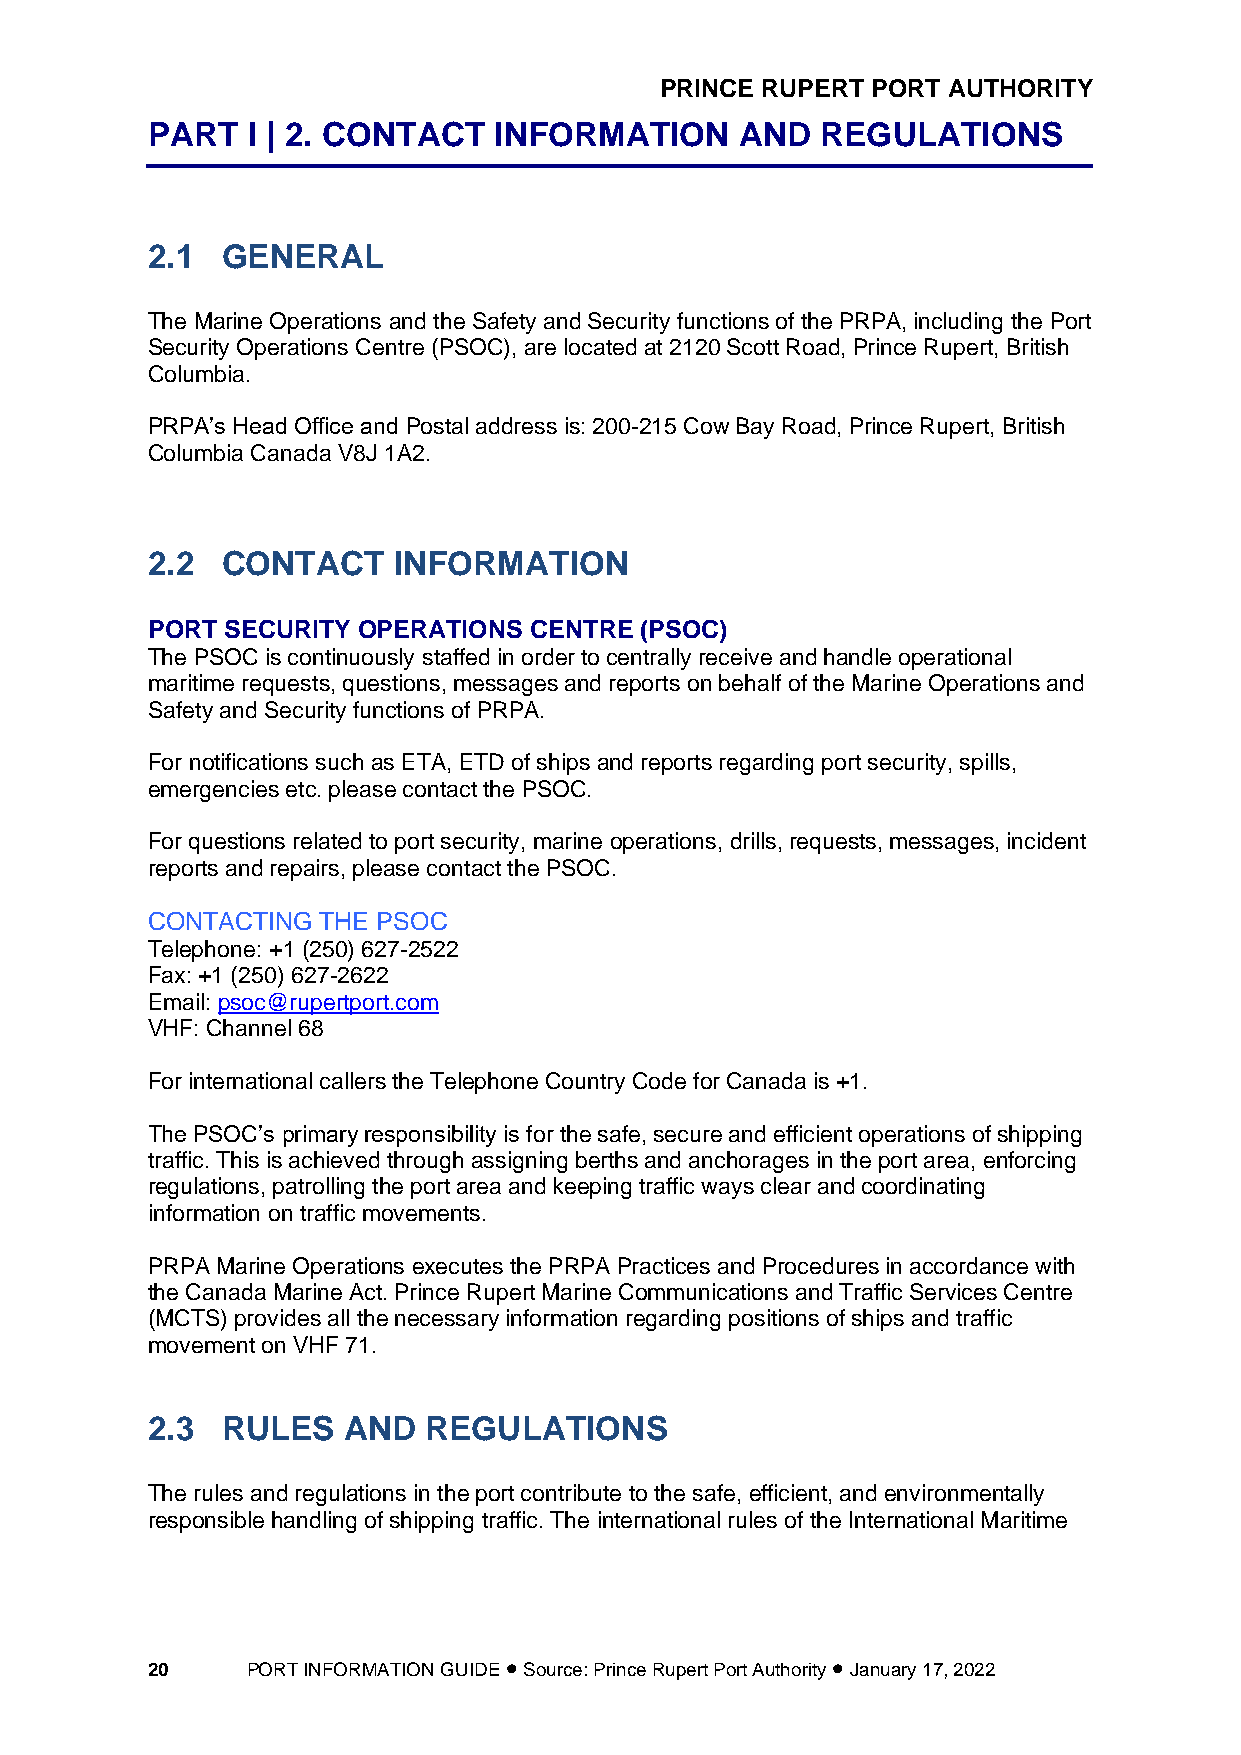
PRINCE RUPERT PORT AUTHORITY
 PART  I | 2. CONTACT   INFORMATION     AND  REGULATIONS
 2.1  GENERAL
 The Marine Operations and the Safety and Security functions of the PRPA, including the Port
 Security Operations Centre (PSOC), are located at 2120 Scott Road, Prince Rupert, British
 Columbia.
 PRPA’s Head Office and Postal address is: 200-215 Cow Bay Road, Prince Rupert, British
 Columbia Canada V8J 1A2.
 2.2  CONTACT    INFORMATION
 PORT SECURITY OPERATIONS CENTRE (PSOC)
 The PSOC is continuously staffed in order to centrally receive and handle operational
 maritime requests, questions, messages and reports on behalf of the Marine Operations and
 Safety and Security functions of PRPA.
 For notifications such as ETA, ETD of ships and reports regarding port security, spills,
 emergencies etc. please contact the PSOC.
 For questions related to port security, marine operations, drills, requests, messages, incident
 reports and repairs, please contact the PSOC.
 CONTACTING THE PSOC
 Telephone: +1 (250) 627-2522
 Fax: +1 (250) 627-2622
 Email: psoc@rupertport.com
 VHF: Channel 68
 For international callers the Telephone Country Code for Canada is +1.
 The PSOC’s primary responsibility is for the safe, secure and efficient operations of shipping
 traffic. This is achieved through assigning berths and anchorages in the port area, enforcing
 regulations, patrolling the port area and keeping traffic ways clear and coordinating
 information on traffic movements.
 PRPA Marine Operations executes the PRPA Practices and Procedures in accordance with
 the Canada Marine Act. Prince Rupert Marine Communications and Traffic Services Centre
 (MCTS) provides all the necessary information regarding positions of ships and traffic
 movement on VHF 71.
 2.3  RULES   AND  REGULATIONS
 The rules and regulations in the port contribute to the safe, efficient, and environmentally
 responsible handling of shipping traffic. The international rules of the International Maritime
 20    PORT INFORMATION GUIDE • Source: Prince Rupert Port Authority • January 17, 2022